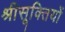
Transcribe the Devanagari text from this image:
श्रीसूक्तियों